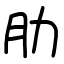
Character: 肋